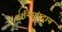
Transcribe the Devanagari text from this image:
दर्शनसंप्रदाय